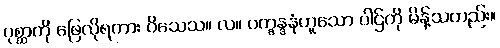
ပုစ္ဆာကို ဖြေလိုရကား ဝိသေသ။ လ။ ပက္ခန္ဒနံဟူသော ပါဌ်ကို မိန့်သတည်း။